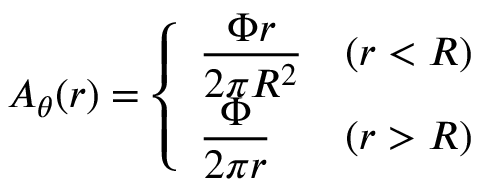
A _ { \theta } ( r ) = \left\{ \begin{array} { l l } { { \displaystyle \frac { \Phi r } { 2 \pi R ^ { 2 } } } } & { { ( r < R ) } } \\ { { \displaystyle \frac { \Phi } { 2 \pi r } } } & { { ( r > R ) } } \end{array} \right.